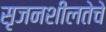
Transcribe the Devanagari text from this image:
सृजनशीलतेचे